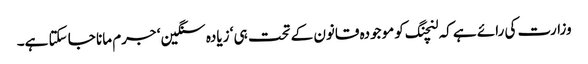
وزارت کی رائے ہے کہ لنچنگ کو موجودہ قانون کے تحت ہی ‘ زیادہ سنگین ‘ جرم مانا جا سکتا ہے۔